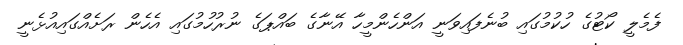
ފެމެލީ ކޯޓުގެ ހުކުމުގައި ބުނެފައިވަނީ އަންހެންމީހާ އޭނާގެ ބައްޕަގެ ނުރުހުމުގައި އެހެން ރަށެއްގައިއުޅެނީ